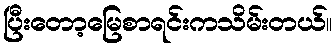
ပြီးတော့မြေစာရင်းကသိမ်းတယ်။